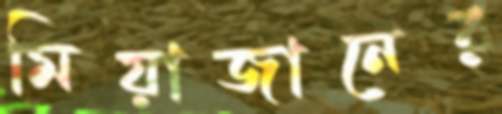
মিয়াজানের